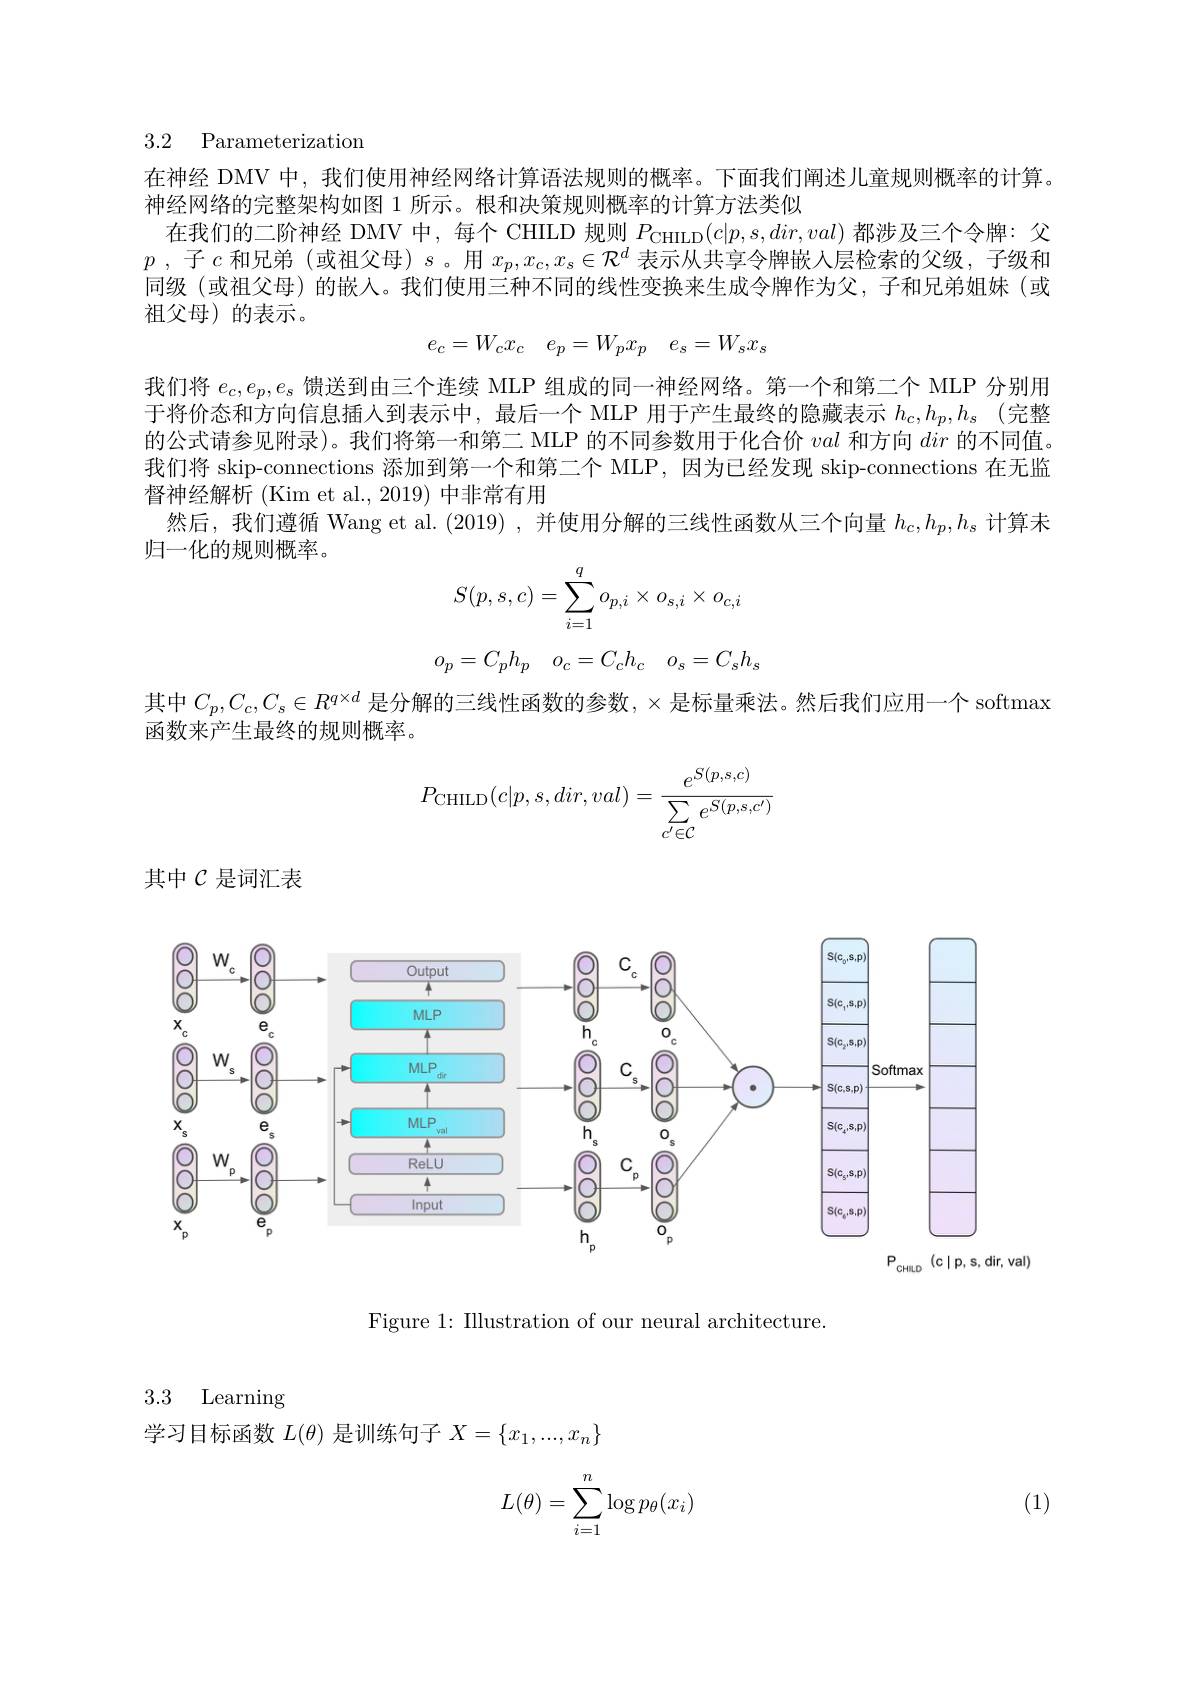
### 3.2 Parameterization

在神经 DMV 中，我们使用神经网络计算语法规则的概率。下面我们阐述儿童规则概率的计算。
神经网络的完整架构如图 1 所示。根和决策规则概率的计算方法类似
在我们的二阶神经 DMV 中，每个 CHILD 规则$P_{\mathrm{CHILD}}(c|p,s,dir,val)$都涉及三个令牌：父$p$ ,子$c$和兄弟 (或祖父母) $s$ 。用$x_p,x_c,x_s\in\mathcal{R}^d$表示从共享令牌嵌人层检索的父级，子级和同级 (或祖父母) 的嵌人。我们使用三种不同的线性变换来生成令牌作为父，子和兄弟姐妹(或祖父母)的表示。
$$e_{c}=W_{c}x_{c}\quad e_{p}=W_{p}x_{p}\quad e_{s}=W_{s}x_{s}$$
我们将$e_c,e_p,e_s$馈送到由三个连续 MLP 组成的同一神经网络。第一个和第二个 MLP 分别用于将价态和方向信息插人到表示中，最后一个 MLP 用于产生最终的隐藏表示 $h_c, h_p, h_s$ (完整的公式请参见附录)。我们将第一和第二 MLP 的不同参数用于化合价val和方向dir的不同值。我们将 skip-connections 添加到第一个和第二个 MLP,因为已经发现 skip-connections 在无监督神经解析 (Kim et al., 2019) 中非常有用
然后，我们遵循 Wang et al. (2019) , 并使用分解的三线性函数从三个向量$h_c,h_p,h_s$计算未
归一化的规则概率。
$$S(p,s,c)=\sum_{i=1}^qo_{p,i}\times o_{s,i}\times o_{c,i}$$
$$o_p=C_ph_p\quad o_c=C_ch_c\quad o_s=C_sh_s$$
其中$C_p,C_{c},C_{\mathrm{s}}\in R^{q\times d}$ 是分解的三线性函数的参数，$\times$是标量乘法。然后我们应用一个 softmax
函数来产生最终的规则概率。
$$P_{\text{CHILD}}(c|p,s,dir,val)=\frac{e^{S(p,s,c)}}{\sum\limits_{c'\in\mathcal{C}}e^{S(p,s,c')}}$$
其中$\mathcal{C}$是词汇表

<FigureHere>

Figure 1: Illustration of our neural architecture.

## 3.3 Learning

学习目标函数$L(\theta)$是训练句子$X=\{x_1,...,x_n\}$

(1)
$$\begin{aligned}L(\theta)=\sum_{i=1}^n\log p_\theta(x_i)\end{aligned}$$